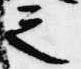
之